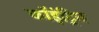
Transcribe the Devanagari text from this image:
कॉइंट्रिन